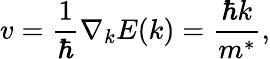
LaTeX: v=\frac{1}{\hbar}\nabla_{k}E(k)=\frac{\hbar k}{m^{*}},